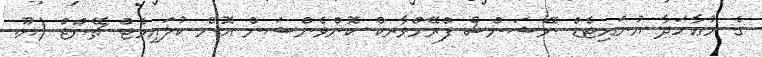
ގެ މުޢާހަދާ ޔުނައިޓެޑް ނޭޝަންސް ފްރޭމްވާރކް ކޮންވެންޝަން އޮން ކުލައިމެޓް ޗޭންޖް (ޔޫ.